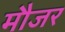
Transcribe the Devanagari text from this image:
मौजर